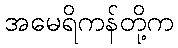
အမေရိကန်တို့က